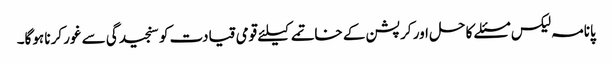
پانامہ لیکس مسئلے کا حل اور کرپشن کے خاتمے کیلئے قومی قیادت کو سنجیدگی سے غور کرنا ہوگا۔